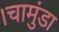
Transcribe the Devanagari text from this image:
।चामुंडा